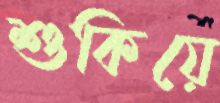
শুকিয়ে